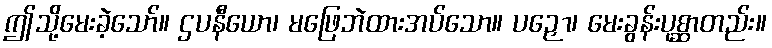
ဤသို့မေးခဲ့သော်။ ဌပနီယော၊ မဖြေဘဲထားအပ်သော။ ပဉှော၊ မေးခွန်းပုစ္ဆာတည်း။